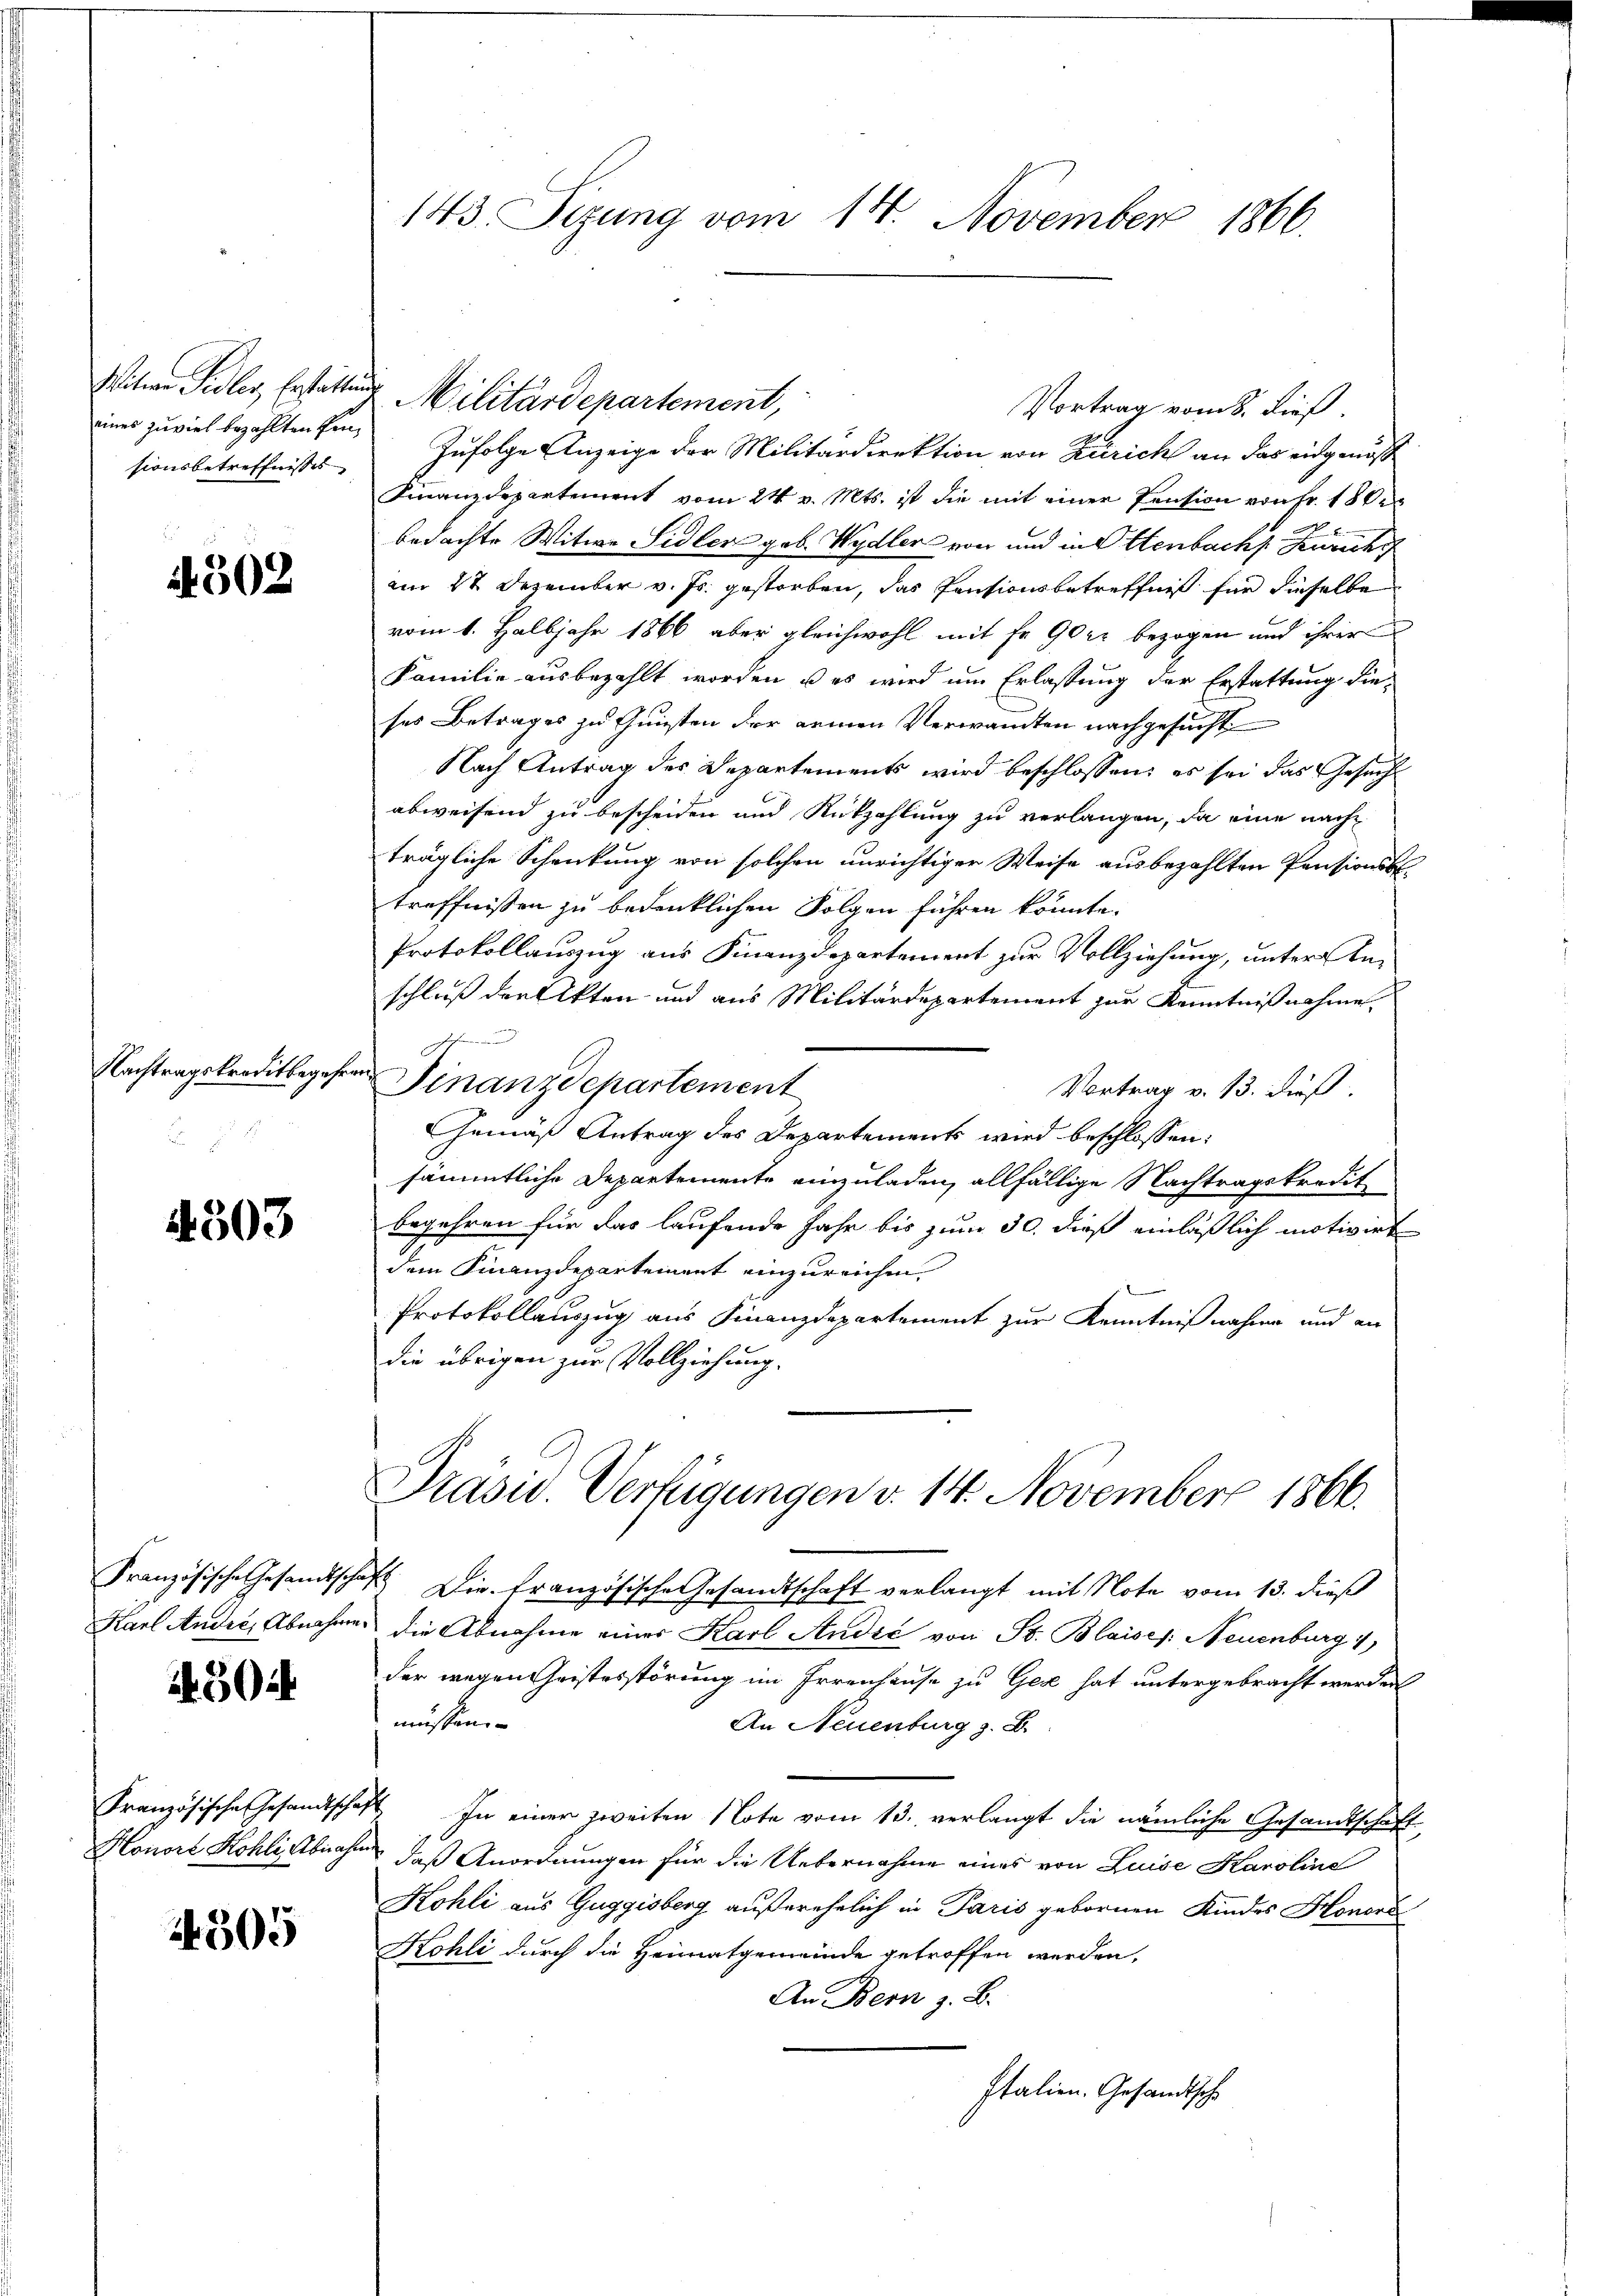
Witwe Sidler, Erstattung
sionsbetreffnisses

302

Nachtragskreditbegehren
2

4303

Französische Gesandtscha
Karl Andre, Abnahme

14304

Französische Gesandtsche,
Honore Kohli, Abnahm

4505

143. Sizung vom 14. November 1866.

eines zuviel bezahlten fin, Zufolge Anzeige der Militärdirektion von Zürich an das eidgenöß
Finanzdepartement vom 24. v. Mts. ist die mit einer Pension von Fr. 18 x
bedachte Witwe Sidler geb. Wydler von und in Ottenbach Zürich
am 27 Dezember v. Js. gestorben, das Pensionsbetreffniß für dieselbe
vom 1. Halbjahr 1866 aber gleichwohl mit Fr. 90 kr bezogen und ihrer
Familie ausbezahlt worden u es wird um Erlassung der Erstattung die-
ses Betrages zu Gunsten der armen Verwandten nachgesucht
Nach Antrag des Departements wird beschlossen; es sei das Gesuch
abweisend zu bescheiden und Rückzahlung zu verlangen, da eine nachträgliche Schenkung von solchen unrichtiger Weise ausbezahlten Pensionsbetreffnissen zu bedenklichen Folgen führen könnte.
Protokollauszug aus Finanzdepartement zur Vollziehung, unter Anschluß der Akten und aus Militärdepartement zur Kenntnißnahme
n
Finanzdepartement
Vortrag v. 13. dieß
Gemäß Antrag des Departements wird beschlossen:
sämmtliche Departemente einzuladen, allfällige Nachtragskredit
begehren für das laufende Jahr bis zum 30. dieß einläßlich motivirt
dem Finanzdepartement einzureichen.
Protokollauszug aus Finanzdepartement zur Kenntnißnahme und an
die übrigen zur Vollziehung.

Militärdepartement,

Vortrag vom 8. dieß.

Präsid. Verfügungen v. 14. November 1866.

E. Die französische Gesandtschaft verlangt mit Note vom 13. dieß
die Abnahme einer Karl Audić von St. Blaises: Neuenburg 1
der wegen Geistesstörung im Irrenhause zu Gese hat untergebracht werden
müssen.
An Neuenburg z. B.
4 In einer zweiten Note vom 13. verlangt die nämliche Gesandtschaft
daß Anordnungen für die Uebernahme eines von Luise Karoline
Kohli aus Guggisberg außerehelich in Paris gebornen Kindes Honora
Kohli durch die Heimatgemeinde getroffen werden,
An Bern z. B.
Italien. Gesandtsche